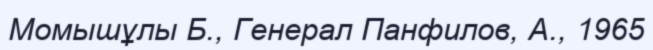
Момышұлы Б., Генерал Панфилов, А., 1965